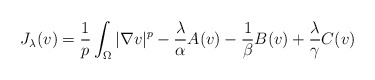
\begin{align*} J_\lambda(v) = \frac 1p \int_\Omega |\nabla v|^p - \frac \lambda\alpha A(v) - \frac 1\beta B(v) + \frac \lambda\gamma C(v)\end{align*}